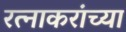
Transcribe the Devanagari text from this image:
रत्नाकरांच्या